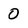
Character: 0